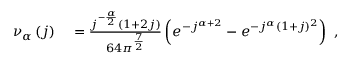
\begin{array} { r l } { \nu _ { \alpha } \left( j \right) } & { { } = \frac { j ^ { - \frac { \alpha } { 2 } } ( 1 + 2 j ) } { 6 4 \pi ^ { \frac { 7 } { 2 } } } \left( e ^ { - j ^ { \alpha + 2 } } - e ^ { - j ^ { \alpha } ( 1 + j ) ^ { 2 } } \right) \ , } \end{array}